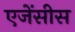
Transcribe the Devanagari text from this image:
एजेंसीस